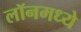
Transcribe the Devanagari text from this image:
लॉनमध्ये